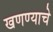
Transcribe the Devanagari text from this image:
खणण्याचे